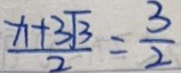
\frac { x + 3 \sqrt { 3 } } { 2 } = \frac { 3 } { 2 }